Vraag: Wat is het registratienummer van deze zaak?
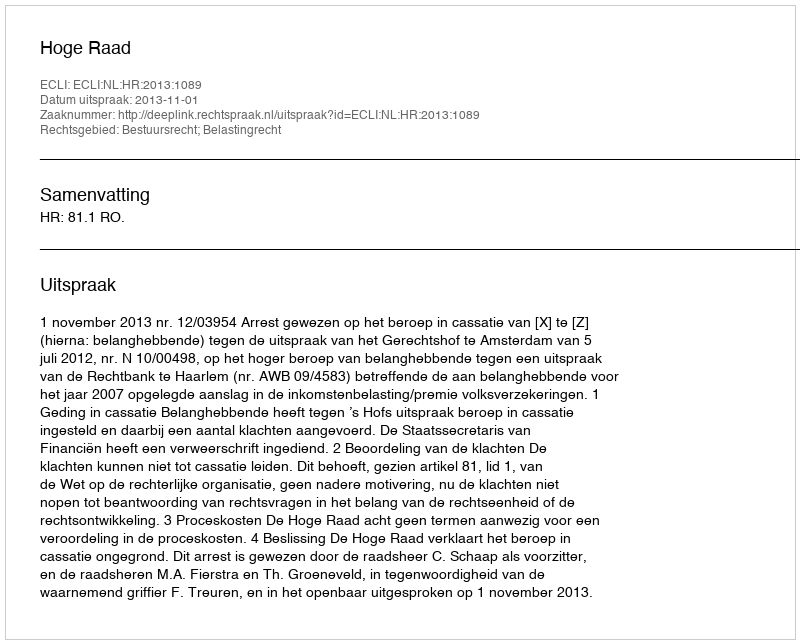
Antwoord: http://deeplink.rechtspraak.nl/uitspraak?id=ECLI:NL:HR:2013:1089